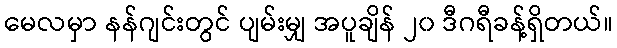
မေလမှာ နန်ဂျင်းတွင် ပျမ်းမျှ အပူချိန် ၂၀ ဒီဂရီခန့်ရှိတယ်။